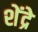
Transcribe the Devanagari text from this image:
शेंद्रे